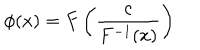
\phi ( x ) = F \left( \frac { c } { F ^ { - 1 } ( x ) } \right)